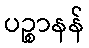
ပဉ္စာနန်